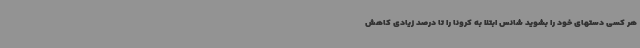
هر کسی دستهای خود را بشوید شانس ابتلا به کرونا را تا درصد زیادی کاهش